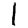
Digit: 1